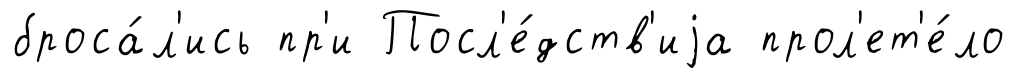
броса́л'ись пр'и Посл'е́дств'иjа прол'ет'е́ло